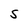
Character: S